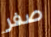
صفر